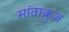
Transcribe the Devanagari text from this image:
सांताक्रुज़